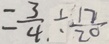
= \frac { 3 } { 4 } \div \frac { 1 7 } { 2 0 }